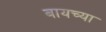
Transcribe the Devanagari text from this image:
बायच्या